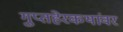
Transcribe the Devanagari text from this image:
गुप्तहेरकथांवर